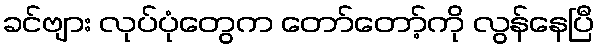
ခင်ဗျား လုပ်ပုံတွေက တော်တော့်ကို လွန်နေပြီ